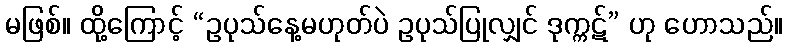
မဖြစ်။ ထို့ကြောင့် “ဥပုသ်နေ့မဟုတ်ပဲ ဥပုသ်ပြုလျှင် ဒုက္ကဋ်” ဟု ဟောသည်။